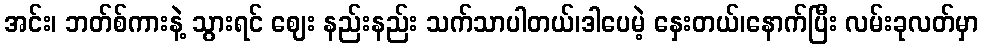
အင်း၊ ဘတ်စ်ကားနဲ့ သွားရင် ဈေး နည်းနည်း သက်သာပါတယ်၊ဒါပေမဲ့ နှေးတယ်၊နောက်ပြီး လမ်းခုလတ်မှာ